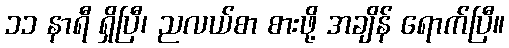
၁၁ နာရီ ရှိပြီ၊ ညလယ်စာ စားဖို့ အချိန် ရောက်ပြီ။